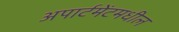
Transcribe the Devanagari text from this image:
अपार्टमेंटमधील